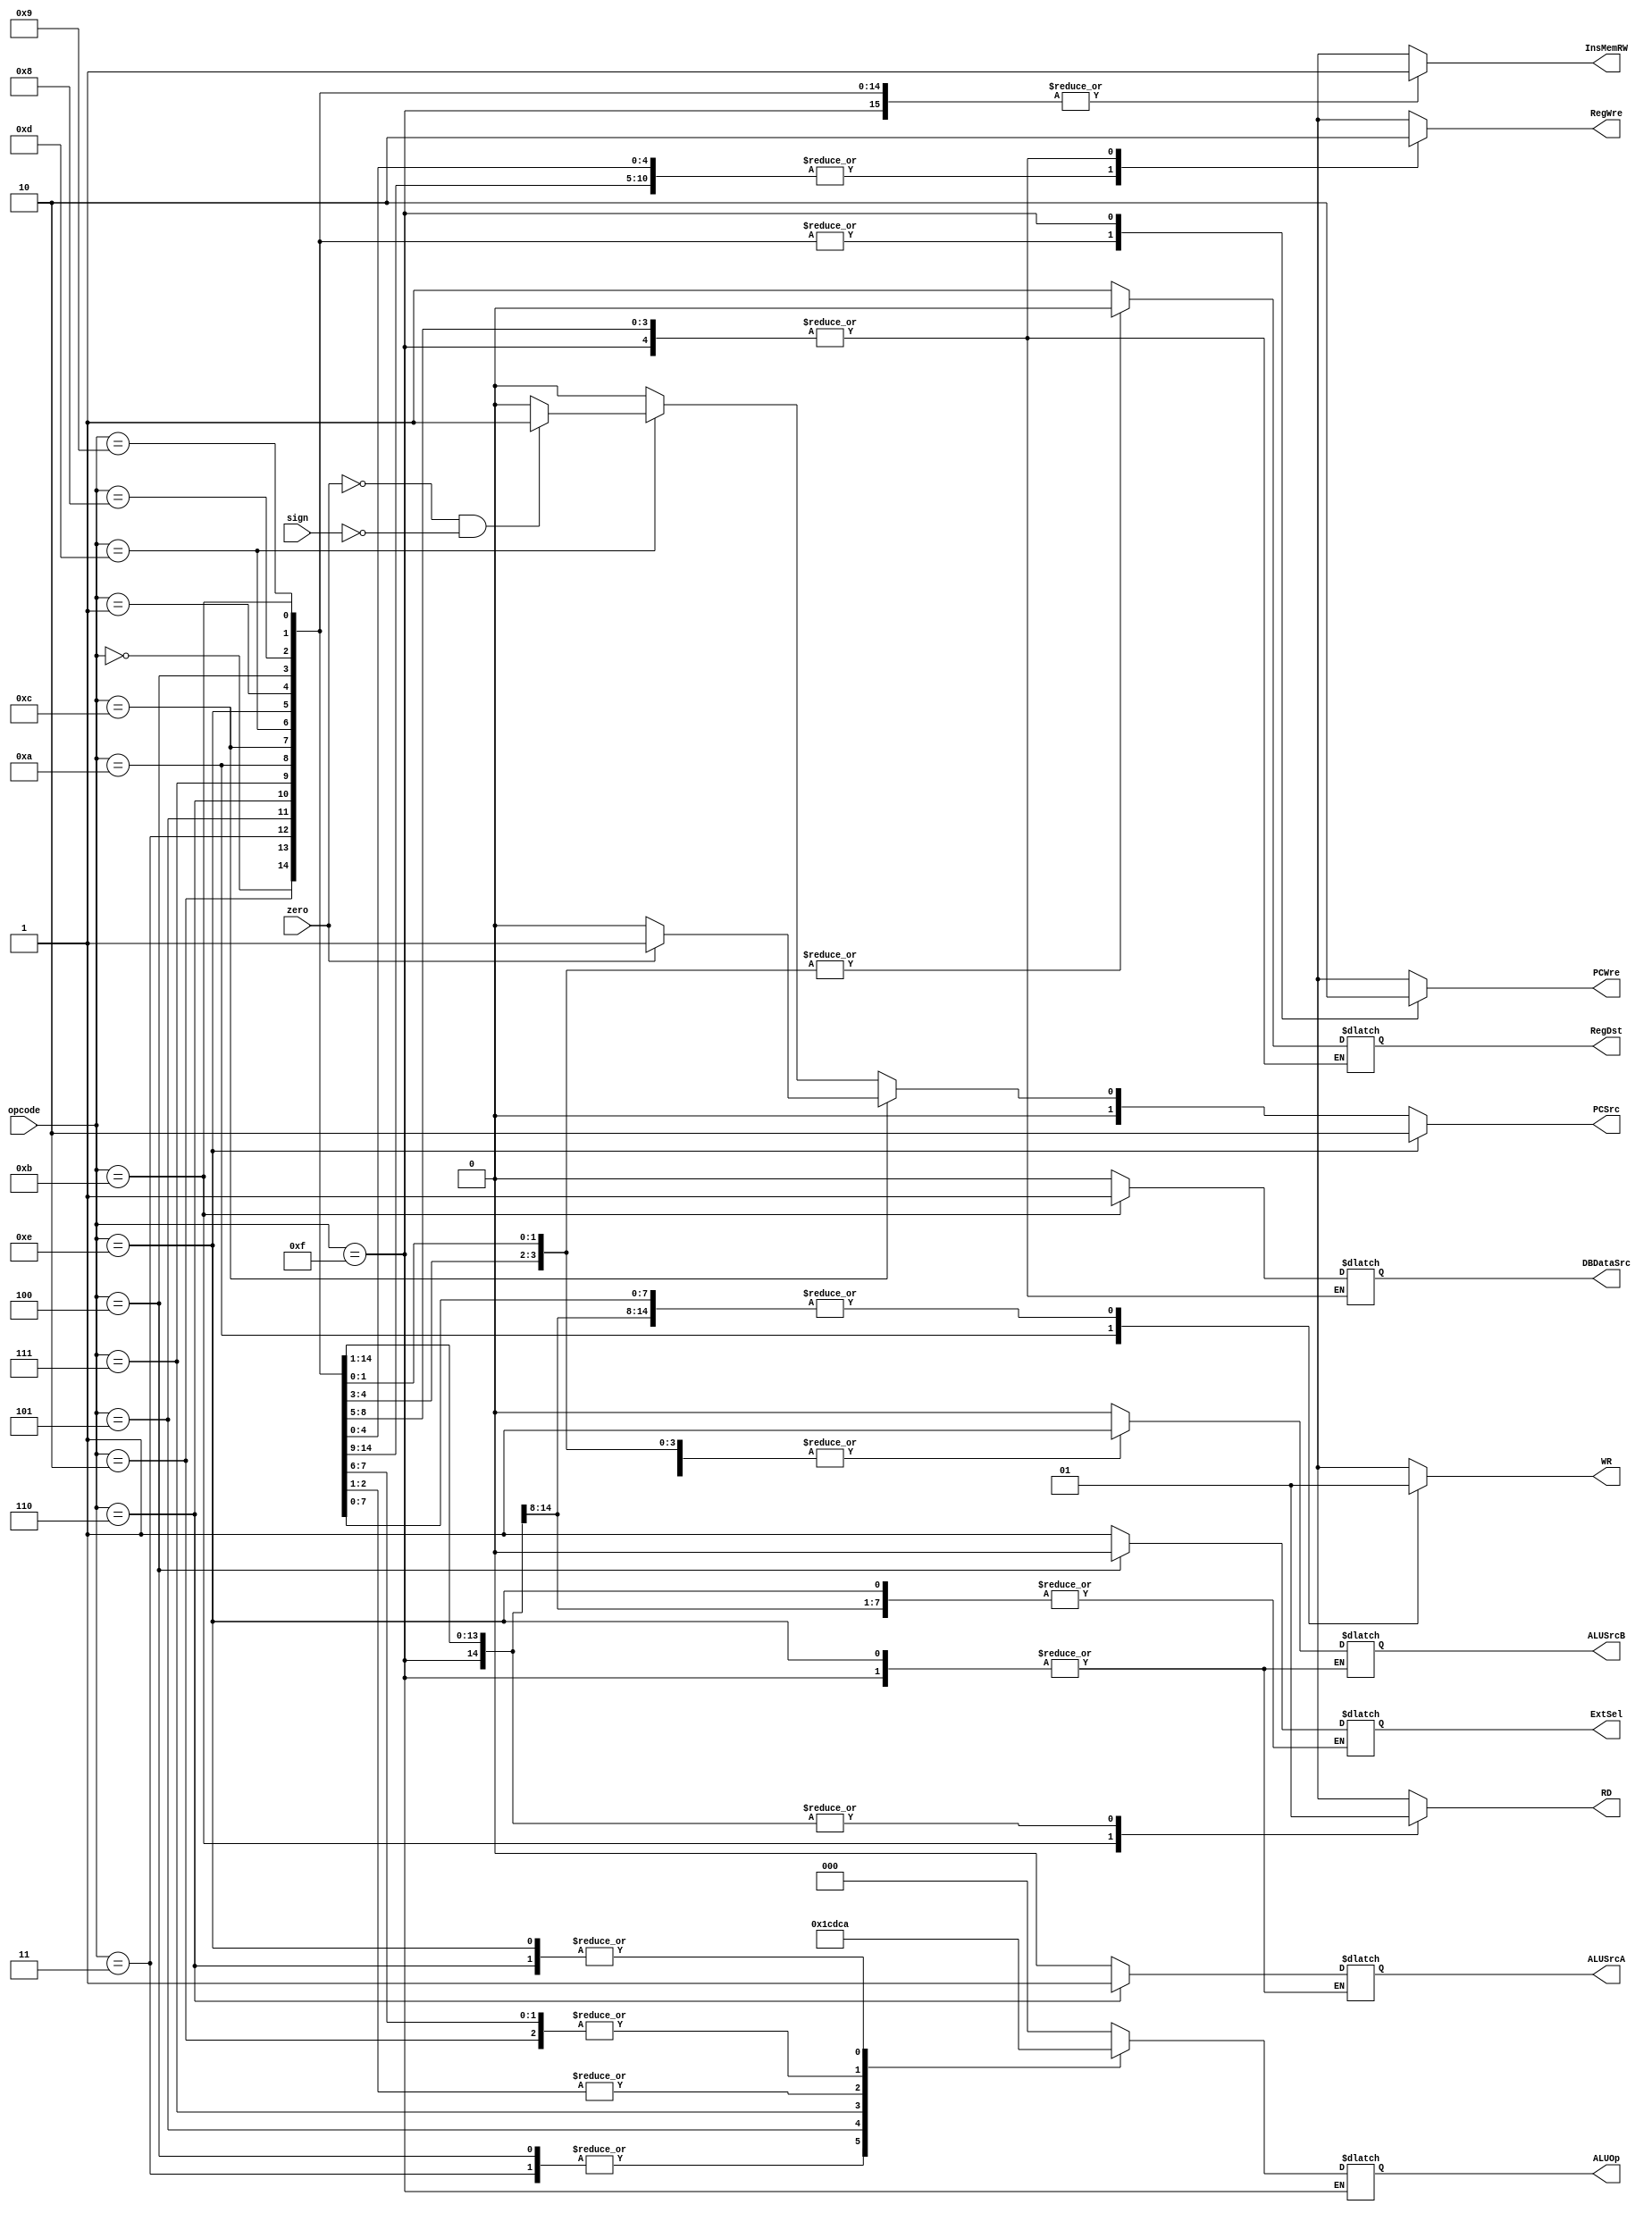
module ControlUnit(  
    input [3:0] opcode,  
    input zero,  
    input sign,  
    output reg PCWre,  
    output reg ALUSrcA,  
    output reg ALUSrcB,  
    output reg DBDataSrc,  
    output reg RegWre,  
    output reg InsMemRW,  
    output reg RD,  
    output reg WR,  
    output reg RegDst,  
    output reg ExtSel,  
    output reg [1:0] PCSrc,  
    output reg [2:0] ALUOp  
);  

    initial begin  
        RD = 1;  
        WR = 1;  
        RegWre = 0; 
        PCWre = 0; 
        InsMemRW = 1;  
    end 
     
    always@ (opcode) begin  
        case(opcode)   
            4'b0000:begin // add  
                PCWre = 1;  
                ALUSrcA = 0;  
                ALUSrcB = 0;  
                DBDataSrc = 0;  
                RegWre = 1;  
                InsMemRW = 1;  
                RD = 1;  
                WR = 1;  
                RegDst = 1;  
                ALUOp = 3'b000;  
            end  
            4'b0001:begin //addi  
                PCWre = 1;  
                ALUSrcA = 0;  
                ALUSrcB = 1;  
                DBDataSrc = 0;  
                RegWre = 1;  
                InsMemRW = 1;  
                RD = 1;  
                WR = 1;  
                RegDst = 0;  
                ExtSel = 1;  
                ALUOp = 3'b000;  
            end  
            4'b0010:begin //sub  
                PCWre = 1;  
                ALUSrcA = 0;  
                ALUSrcB = 0;  
                DBDataSrc = 0;  
                RegWre = 1;  
                InsMemRW = 1;  
                RD = 1;  
                WR = 1;  
                RegDst = 1;  
                ALUOp = 3'b001;  
            end
            4'b0011:begin // or  
                PCWre = 1;  
                ALUSrcA = 0;  
                ALUSrcB = 0;  
                DBDataSrc = 0;  
                RegWre = 1;  
                InsMemRW = 1;  
                RD = 1;  
                WR = 1;  
                RegDst = 1;  
                ALUOp = 3'b011;  
            end   
            4'b0100:begin // ori  
                PCWre = 1;  
                ALUSrcA = 0;  
                ALUSrcB = 1;  
                DBDataSrc = 0;  
                RegWre = 1;  
                InsMemRW = 1;  
                RD = 1;  
                WR = 1;  
                RegDst = 0;  
                ExtSel = 0;  
                ALUOp = 3'b011;  
            end  
            4'b0101:begin //and  
                PCWre = 1;  
                ALUSrcA = 0;  
                ALUSrcB = 0;  
                DBDataSrc = 0;  
                RegWre = 1;  
                InsMemRW = 1;  
                RD = 1;  
                WR = 1;  
                RegDst = 1;  
                ALUOp = 3'b100;  
            end  
            4'b0110:begin //sll  
                PCWre = 1;  
                ALUSrcA = 1;  
                ALUSrcB = 0;  
                DBDataSrc = 0;  
                RegWre = 1;  
                InsMemRW = 1;  
                RD = 1;  
                WR = 1;  
                RegDst = 1;  
                ALUOp = 3'b010;  
            end  
            4'b0111:begin //slt  
                PCWre = 1;  
                ALUSrcA = 0;  
                ALUSrcB = 0;  
                DBDataSrc = 0;  
                RegWre = 1;  
                InsMemRW = 1;  
                RD = 1;  
                WR = 1;  
                RegDst = 1;  
                ALUOp = 3'b110;  
            end
            4'b1000:begin //mov  
                PCWre = 1;  
                ALUSrcA = 0;  
                ALUSrcB = 0;  
                DBDataSrc = 0;  
                RegWre = 1;  
                InsMemRW = 1;  
                RD = 1;  
                WR = 1;  
                RegDst = 1;  
                ExtSel = 1;  
                ALUOp = 3'b111;  
            end
            4'b1001:begin //movi  
                PCWre = 1;  
                ALUSrcA = 0;  
                ALUSrcB = 1;  
                DBDataSrc = 0;  
                RegWre = 1;  
                InsMemRW = 1;  
                RD = 1;  
                WR = 1;  
                RegDst = 0;  
                ExtSel = 1;  
                ALUOp = 3'b111;  
            end    
            4'b1010:begin //sw  
                PCWre = 1;  
                ALUSrcA = 0;  
                ALUSrcB = 1;  
                RegWre = 0;  
                InsMemRW = 1;  
                RD = 1;  
                WR = 0;  
                ExtSel =1;  
                ALUOp = 3'b000;  
            end  
            4'b1011:begin //lw  
                PCWre = 1;  
                ALUSrcA = 0;  
                ALUSrcB = 1;  
                DBDataSrc = 1;  
                RegWre = 1;  
                InsMemRW = 1;  
                RD = 0;  
                WR = 1;  
                RegDst = 0;  
                ExtSel = 1;  
                ALUOp = 3'b000;  
            end 
            4'b1100:begin //beq  
                PCWre = 1;  
                ALUSrcA = 0;  
                ALUSrcB = 0;  
                RegWre = 0;  
                InsMemRW = 1;  
                RD = 1;  
                WR = 1;  
                ExtSel = 1;  
                ALUOp = 3'b001;  
            end  
            4'b1101:begin  //bgtz
                PCWre = 1;  
                ALUSrcA = 0;  
                ALUSrcB = 0;  
                RegWre = 0;  
                InsMemRW = 1;  
                RD = 1;  
                WR = 1;  
                ExtSel = 1;  
                ALUOp = 3'b001;  
            end  
            4'b1110:begin //j  
                PCWre = 1;  
                RegWre = 0;  
                InsMemRW = 1;  
                RD = 1;  
                WR = 1;  
                ALUOp = 3'b010;  
            end  
            4'b1111:begin //halt  
                PCWre = 0;  
                RegWre = 0;  
                InsMemRW = 1;  
                RD = 1;  
                WR = 1;  
            end  
            default:begin  
                RD = 1;  
                WR = 1;  
                RegWre = 0;  
                InsMemRW = 0;  
            end  
        endcase  
    end 
     
    always@(opcode or zero or sign) begin  
        if(opcode == 4'b1110) // j  
            PCSrc = 2'b10;  
        else if(opcode == 4'b1100) begin
			if(zero == 1)
				PCSrc = 2'b01;
			else
				PCSrc = 2'b00;
		end
		else if(opcode == 4'b1101) begin
			if(zero == 0 && sign == 0)  
                PCSrc = 2'b01;  
            else  
                PCSrc = 2'b00;
        end  
        else begin  
            PCSrc = 2'b00;  
        end  
    end 
     
endmodule